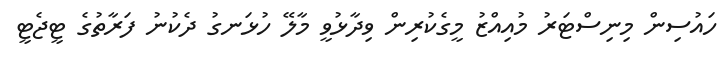
ހައުސިން މިނިސްޓަރު މުއިއްޒު މީގެކުރިން ވިދާޅުވީ މާލޭ ހުޅަނގު ދެކުނު ފަރާތުގެ ޓީޖެޓީ